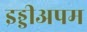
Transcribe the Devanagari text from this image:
इड्डीअपम